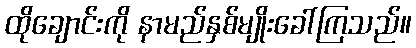
ထိုချောင်းကို နာမည်နှစ်မျိုးခေါ်ကြသည်။